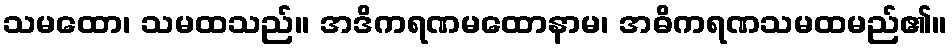
သမထော၊ သမထသည်။ အဒိကရဏမထောနာမ၊ အဓိကရဏသမထမည်၏။